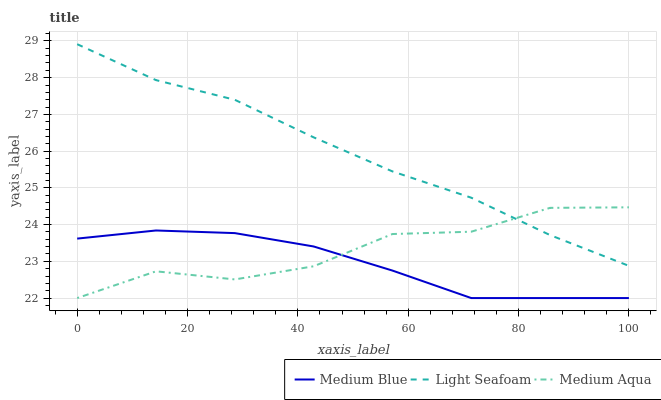
| xaxis_label | Medium Blue | Light Seafoam | Medium Aqua |
 | --- | --- | --- | --- |
 | 0 | 23.6 | 28.9 | 22 |
 | 14.3 | 23.8 | 27.9 | 22.7 |
 | 28.6 | 23.8 | 27.4 | 22.5 |
 | 42.9 | 23.4 | 26.4 | 22.9 |
 | 57.1 | 22.7 | 25.4 | 23.7 |
 | 71.4 | 22 | 24.7 | 23.8 |
 | 85.7 | 22 | 23.7 | 24.5 |
 | 100 | 22 | 22.9 | 24.5 |